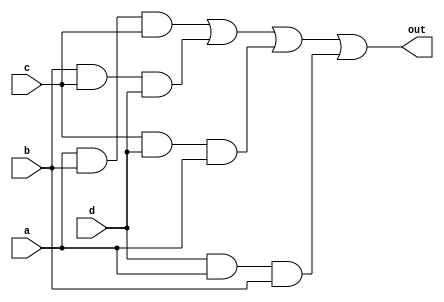
`timescale 1ns / 1ps
/* /////////////////////////////////////////////////////////////////////////////////

Question: 1

4-bit Majority

Returns True iff at least 3 of the given inputs are True 

*/ /////////////////////////////////////////////////////////////////////////////////
module majority4(
    input a,
    input b,
    input c,
    input d,
    output out
    );
	 
	 assign out = a&b&c | b&c&d | c&d&a | d&a&b;
endmodule



`timescale 1ns / 1ps
/* /////////////////////////////////////////////////////////////////////////////////

Question: 2

Even-counter

If reset is 1 at posedge clk, output is reset to 0.
If reset is 0, output periodically counts up by 2 units starting at 0 every clock-cycle.
When reset is changed from 1->0, the counter starts counting from 0 the next from the subsequent posedge of clock.

*/ /////////////////////////////////////////////////////////////////////////////////
module evenCounter(
    input clk,
    input reset,
    output reg [2:0] count
    );
	 reg flag = 0;

	always @ (posedge clk) begin
	
		if (~reset) begin
		
			if(flag) begin
				count[0] <= count[0];
				count[1] <= ~count[1];
				count[2] <= (count[2] ^ count[1]);
			end
			
			else begin
				flag <= 1'b1;
			end
		end
		
		else begin
			count <= 3'b0;
			flag <= 1'b0;
		end
	end

endmodule



`timescale 1ns / 1ps
/*/////////////////////////////////////////////////////////////////////////////////

Question: 3

Count 1's

Counts number of ones in given 8-bit number

*//////////////////////////////////////////////////////////////////////////////////
module count1s8(
    input [7:0] value,
    output [3:0] numOnes
    );
	
	assign numOnes = value[0] + value[1] + value[2] + value[3] + value[4] + value[5] + value[6] + value[7];

endmodule



`timescale 1ns / 1ps
/* /////////////////////////////////////////////////////////////////////////////////

Question: 4

Up/Down Ring-Counter

If reset is 1 at posedge clk, output is reset to 0.
If reset is 0 and en (enable) is 1, output periodically shifts (left)/(right) by 1 bit when up_dnN is (1)/(0) starting at 1 every clock-cycle.
If reset is 0 and en is also 0, the output stays at previous value until the next posedge clk.
When reset is changed from 1->0 and en is 1, the counter starts shifting left/right from 1 the next from the subsequent posedge of clock.

*/ /////////////////////////////////////////////////////////////////////////////////
module counter_updown8(
    input clk,
    input reset,
    input en,
    input up_dnN,
    output reg [7:0] count
    );
	 
	 
	 

	reg flag = 0;

	always @ (posedge clk) begin
	
		if (~reset) begin
		
			if(flag) begin
				if(en) begin
					if(up_dnN) begin
						count <= {count[6:0], count[7]};
					end
					
					else begin
						count <= {count[0], count[7:1]};
					end
				end
			end
			
			else begin
				flag <= 1'b1;
			end
		end
		
		else begin
			count <= 8'b00000001;
			flag <= 1'b0;
		end
	end



endmodule



`timescale 1ns / 1ps

/* ///////////////////////////////////////////////////////////////////////////////
Question: 4 (Test Bench)

Up/Down Ring-Counter

If reset is 1 at posedge clk, output is reset to 0.
If reset is 0 and en (enable) is 1, output periodically shifts (left)/(right) by 1 bit when up_dnN is (1)/(0) starting at 1 every clock-cycle.
If reset is 0 and en is also 0, the output stays at previous value until the next posedge clk.
When reset is changed from 1->0 and en is 1, the counter starts shifting left/right from 1 the next from the subsequent posedge of clock.
*/ ///////////////////////////////////////////////////////////////////////////////

module counter_updown8_tb;

	// Inputs
	reg clk;
	reg reset;
	reg en;
	reg up_dnN;

	// Outputs
	wire [7:0] count;

	// Instantiate the Unit Under Test (UUT)
	counter_updown8 uut (
		.clk(clk), 
		.reset(reset), 
		.en(en), 
		.up_dnN(up_dnN), 
		.count(count)
	);

	initial begin
		// Initialize Inputs
		clk = 1'b0;
		reset = 1'b1;
		en = 1'b0;
		up_dnN = 1'b0;

		// Wait 100 ns for global reset to finish
		#100;
        
		// Add stimulus here
		
		reset = 1'b0;
		#10 en = 1'b1;
		#100 up_dnN = 1'b1;
		#100 en = 1'b0;
		#50;
		$finish;
		
	end
	
	always begin
		#5 clk = ~clk;
	end
      
endmodule




`timescale 1ns / 1ps

/* /////////////////////////////////////////////////////////////////////////////////

Question: 5
Circuit: FA

Implements circuit:

out = a&c ! b&~c

Delay only given at NOT gate as that is the only gate that causes the static-1 hazard.

*/ /////////////////////////////////////////////////////////////////////////////////

module q5_FA(
    input a,
    input b,
    input c,
    output out
    );

	wire ac;
	wire cN;
	wire bcN;
	
	assign ac = a&c;
	
	assign #2 cN = ~c;
	
	assign bcN = b&cN;
	
	assign out = ac | bcN;

endmodule



`timescale 1ns / 1ps

/* /////////////////////////////////////////////////////////////////////////////////

Question: 5  (Test Bench)
Circuit: FA

Implements circuit:
out = a&c ! b&~c

Delay only given at NOT gate as that is the only gate that causes the static-1 hazard.

Hazardous Transition:

{a, b, c} : 111 -> 110

*/ /////////////////////////////////////////////////////////////////////////////////

module q5_FA_tb;

	// Inputs
	reg a;
	reg b;
	reg c;

	// Outputs
	wire out;

	// Instantiate the Unit Under Test (UUT)
	q5_FA uut (
		.a(a), 
		.b(b), 
		.c(c), 
		.out(out)
	);

	initial begin
		// Initialize Inputs
		a = 0;
		b = 0;
		c = 0;

		// Wait 100 ns for global reset to finish
		#100;
        
		// Add stimulus here
		
		a = 1; b = 1; c = 1;
		# 10;
		a = 1; b = 1; c = 0;
		#20;
		$finish;

	end
      
endmodule




`timescale 1ns / 1ps
/* /////////////////////////////////////////////////////////////////////////////////

Question: 5
Circuit: FB

Implements circuit:

out = (~c & ~a) | b&c

Delay only given at NOT gate(s) as that(those) is(are) the only gate(s) that causes(cause) the static-1 hazard.

*/ /////////////////////////////////////////////////////////////////////////////////
module q5_FB(
    input a,
    input b,
    input c,
    output out
    );
wire cNaN,bc,cN,aN;

assign #2 cN=~c;
assign #2 aN=~a;

assign cNaN=cN&aN;
assign bc=b&c;

assign out=cNaN | bc;

endmodule


`timescale 1ns / 1ps

/* /////////////////////////////////////////////////////////////////////////////////

Question: 5 (Test Bench)
Circuit: FB

Implements circuit:

out = (~c & ~a) | b&c

Delay only given at NOT gate(s) as that(those) is(are) the only gate(s) that causes(cause) the static-1 hazard.

Hazardous Transition:

{a, b, c} : 011 -> 010

*/ /////////////////////////////////////////////////////////////////////////////////

module q5_FB_tb;

	// Inputs
	reg a;
	reg b;
	reg c;

	// Outputs
	wire out;

	// Instantiate the Unit Under Test (UUT)
	q5_FB uut (
		.a(a), 
		.b(b), 
		.c(c), 
		.out(out)
	);

	initial begin
		// Initialize Inputs
		a = 0;
		b = 0;
		c = 0;

		// Wait 100 ns for global reset to finish
		#100;
        
		a=0; b=1; c=1;
		
		#20 
			
		a=0; b=1; c=0;

		#20

		a=0; b=1; c=1;
		
		#20

		a=0; b=1; c=0;

		#20 $finish;
			
		// Add stimulus here

	end
      
endmodule




`timescale 1ns / 1ps
/* /////////////////////////////////////////////////////////////////////////////////

Question: 5
Circuit: FD

Implements circuit:

out = (a&c | b&~c) & c

Delay only given at NOT gate(s) as that(those) is(are) the only gate(s) that causes(cause) the static-0 hazard.

*/ /////////////////////////////////////////////////////////////////////////////////

module q5_FD(
    input a,
    input b,
    input c,
    output out
    );
wire cN,ac,bcN,FS;

assign #2 cN=~c;
assign ac=a&c;
assign bcN= b&cN;
assign FS = ac | bcN;
assign out=FS & c;


endmodule



`timescale 1ns / 1ps

/* /////////////////////////////////////////////////////////////////////////////////

Question: 5
Circuit: FD

Implements circuit:

out = (a&c | b&~c) & c

Delay only given at NOT gate(s) as that(those) is(are) the only gate(s) that causes(cause) the static-0 hazard.

There are many such transitions as can be seen in the simulation; this test bench tries all Perm(8, 2) transitions to idenify hazards.

*/ /////////////////////////////////////////////////////////////////////////////////

module q5_FD_tb;

	// Inputs
	reg a;
	reg b;
	reg c;
	
	integer i, j;

	// Outputs
	wire out;

	// Instantiate the Unit Under Test (UUT)
	q5_FD uut (
		.a(a), 
		.b(b), 
		.c(c), 
		.out(out)
	);

	initial begin
		// Initialize Inputs
		a = 0;
		b = 0;
		c = 0;

		// Wait 100 ns for global reset to finish
		#100;
        
		// Add stimulus here	
		
		for(i = 1; i < 2**3; i=i+1) begin
			for(j = 0; j < 2**3; j=j+1) begin
				
				#7 {a, b, c} = j;
				#7 {a, b, c} = j+i;
				
			end
		end
		
		#7 $finish;
		
		/*
		for(j = 0; j < 2**3; j=j+1) begin
			#7 {a, b, c} = j;
		end
		#7 $finish;
		
		#7 {a, b, c} = 3'b101;
		#7 {a, b, c} = 3'b111;
		#7 {a, b, c} = 3'b101;
		#7 $finish;
		*/
	end      
endmodule




`timescale 1ns / 1ps
/* /////////////////////////////////////////////////////////////////////////////////

Question: 6
Circuit: FA

Implements circuit:

out = a&c ! b&~c

Delay only given at NOT gate as that is the only gate that causes the static-1 hazard.

Correction: add term a&b to SOP.

*/ /////////////////////////////////////////////////////////////////////////////////
module q6_FA(
    input a,
    input b,
    input c,
    output out
    );

	wire ac;
	wire cN;
	wire bcN;
	wire ab;
	
	assign ac = a&c;
	
	assign #2 cN = ~c;
	
	assign bcN = b&cN;
	
	assign ab = a&b;
	
	assign out = ac | bcN | ab;


endmodule



`timescale 1ns / 1ps

/* /////////////////////////////////////////////////////////////////////////////////

Question: 6  (Test Bench)
Circuit: FA

Implements circuit:
out = a&c ! b&~c

Corrected for hazard.
Delay only given at NOT gate as that is the only gate that causes the static-1 hazard.

Hazardous Transition:

{a, b, c} : 111 -> 110

*/ /////////////////////////////////////////////////////////////////////////////////

module q6_FA_tb;

	// Inputs
	reg a;
	reg b;
	reg c;

	// Outputs
	wire out;

	// Instantiate the Unit Under Test (UUT)
	q6_FA uut (
		.a(a), 
		.b(b), 
		.c(c), 
		.out(out)
	);

	initial begin
		// Initialize Inputs
		a = 0;
		b = 0;
		c = 0;

		// Wait 100 ns for global reset to finish
		#100;
        
		// Add stimulus here
		a = 1; b = 1; c = 0;
		# 10;
		a = 1; b = 1; c = 1;
		#10;
		a = 1; b = 1; c = 0;
		#10;
		$finish;

	end
      
endmodule




`timescale 1ns / 1ps
/* /////////////////////////////////////////////////////////////////////////////////

Question: 6
Circuit: FB

Implements circuit:

out = (~c & ~a) | b&c

Delay only given at NOT gate(s) as that(those) is(are) the only gate(s) that causes(cause) the static-1 hazard.

Correction: added term a&~b

*/ /////////////////////////////////////////////////////////////////////////////////
module q6_FB(
    input a,
    input b,
    input c,
    output out
    );
	 
	wire cNaN,bc,cN,aN,aNb;
		 
	assign #2 cN=~c;
	assign #2 aN=~a;

	assign cNaN=cN&aN;
	assign bc=b&c;
	assign aNb = aN&b;

	assign out=cNaN | bc | aNb;

endmodule



`timescale 1ns / 1ps
/* /////////////////////////////////////////////////////////////////////////////////

Question: 6 (Test Bench)
Circuit: FB

Implements circuit:

out = (~c & ~a) | b&c

Correction: added term a&~b

Delay only given at NOT gate(s) as that(those) is(are) the only gate(s) that causes(cause) the static-1 hazard.

Hazardous Transition:

{a, b, c} : 011 -> 010

*/ /////////////////////////////////////////////////////////////////////////////////


module q6_FB_tb;

	// Inputs
	reg a;
	reg b;
	reg c;

	// Outputs
	wire out;

	// Instantiate the Unit Under Test (UUT)
	q6_FB uut (
		.a(a), 
		.b(b), 
		.c(c), 
		.out(out)
	);

	initial begin
		// Initialize Inputs
		a = 0;
		b = 0;
		c = 0;

		// Wait 100 ns for global reset to finish
		#100;
        
		// Add stimulus here
		
		       
		a=0; b=1; c=1;
		
		#20 
			
		a=0; b=1; c=0;

		#20

		a=0; b=1; c=1;
		
		#20

		a=0; b=1; c=0;

		#20 $finish;

	end
      
endmodule


`timescale 1ns / 1ps
/* /////////////////////////////////////////////////////////////////////////////////

Question: 6
Circuit: FD

Implements circuit:

out = (a&c | b&~c) & c

Correction: Circuit changed to it's logical equivalent: a&c
This avoids the ANDing of c & ~c which causes the static-0 hazard.

Delay only given at NOT gate(s) as that(those) is(are) the only gate(s) that causes(cause) the static-0 hazard.

*/ /////////////////////////////////////////////////////////////////////////////////
module q6_FD(
    input a,
    input b,
    input c,
    output out
    );

	assign out = a&c;

endmodule



`timescale 1ns / 1ps

/* /////////////////////////////////////////////////////////////////////////////////

Question: 6
Circuit: FD

Implements circuit:

out = (a&c | b&~c) & c

Correction: Circuit changed to it's logical equivalent: a&c
This avoids the ANDing of c & ~c which causes the static-0 hazard.

Delay only given at NOT gate(s) as that(those) is(are) the only gate(s) that causes(cause) the static-0 hazard.

This test bench tries all Perm(8, 2) transitions to idenify hazards; None were found.

*/ /////////////////////////////////////////////////////////////////////////////////

module q6_FD_tb;

	// Inputs
	reg a;
	reg b;
	reg c;

	// Outputs
	wire out;
	
	integer i,j;

	// Instantiate the Unit Under Test (UUT)
	q6_FD uut (
		.a(a), 
		.b(b), 
		.c(c), 
		.out(out)
	);

	initial begin
		// Initialize Inputs
		a = 0;
		b = 0;
		c = 0;
		
		

		// Wait 100 ns for global reset to finish
		#100;
        
		// Add stimulus here
		
		for(i = 1; i < 2**3; i=i+1) begin
			for(j = 0; j < 2**3; j=j+1) begin
				
				#7 {a, b, c} = j;
				#7 {a, b, c} = j+i;
				
			end
		end
		
		#7 $finish;
		
		/*
		for(j = 0; j < 2**3; j=j+1) begin
			#7 {a, b, c} = j;
		end
		#7 $finish;
		
		#7 {a, b, c} = 3'b101;
		#7 {a, b, c} = 3'b111;
		#7 {a, b, c} = 3'b101;
		#7 $finish;
		*/
	end
      
endmodule